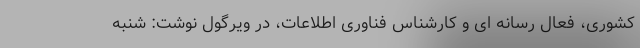
کشوری، فعال رسانه ای و کارشناس فناوری اطلاعات، در ویرگول نوشت: شنبه